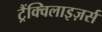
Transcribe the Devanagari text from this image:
ट्रैंक्विलाइज़र्स